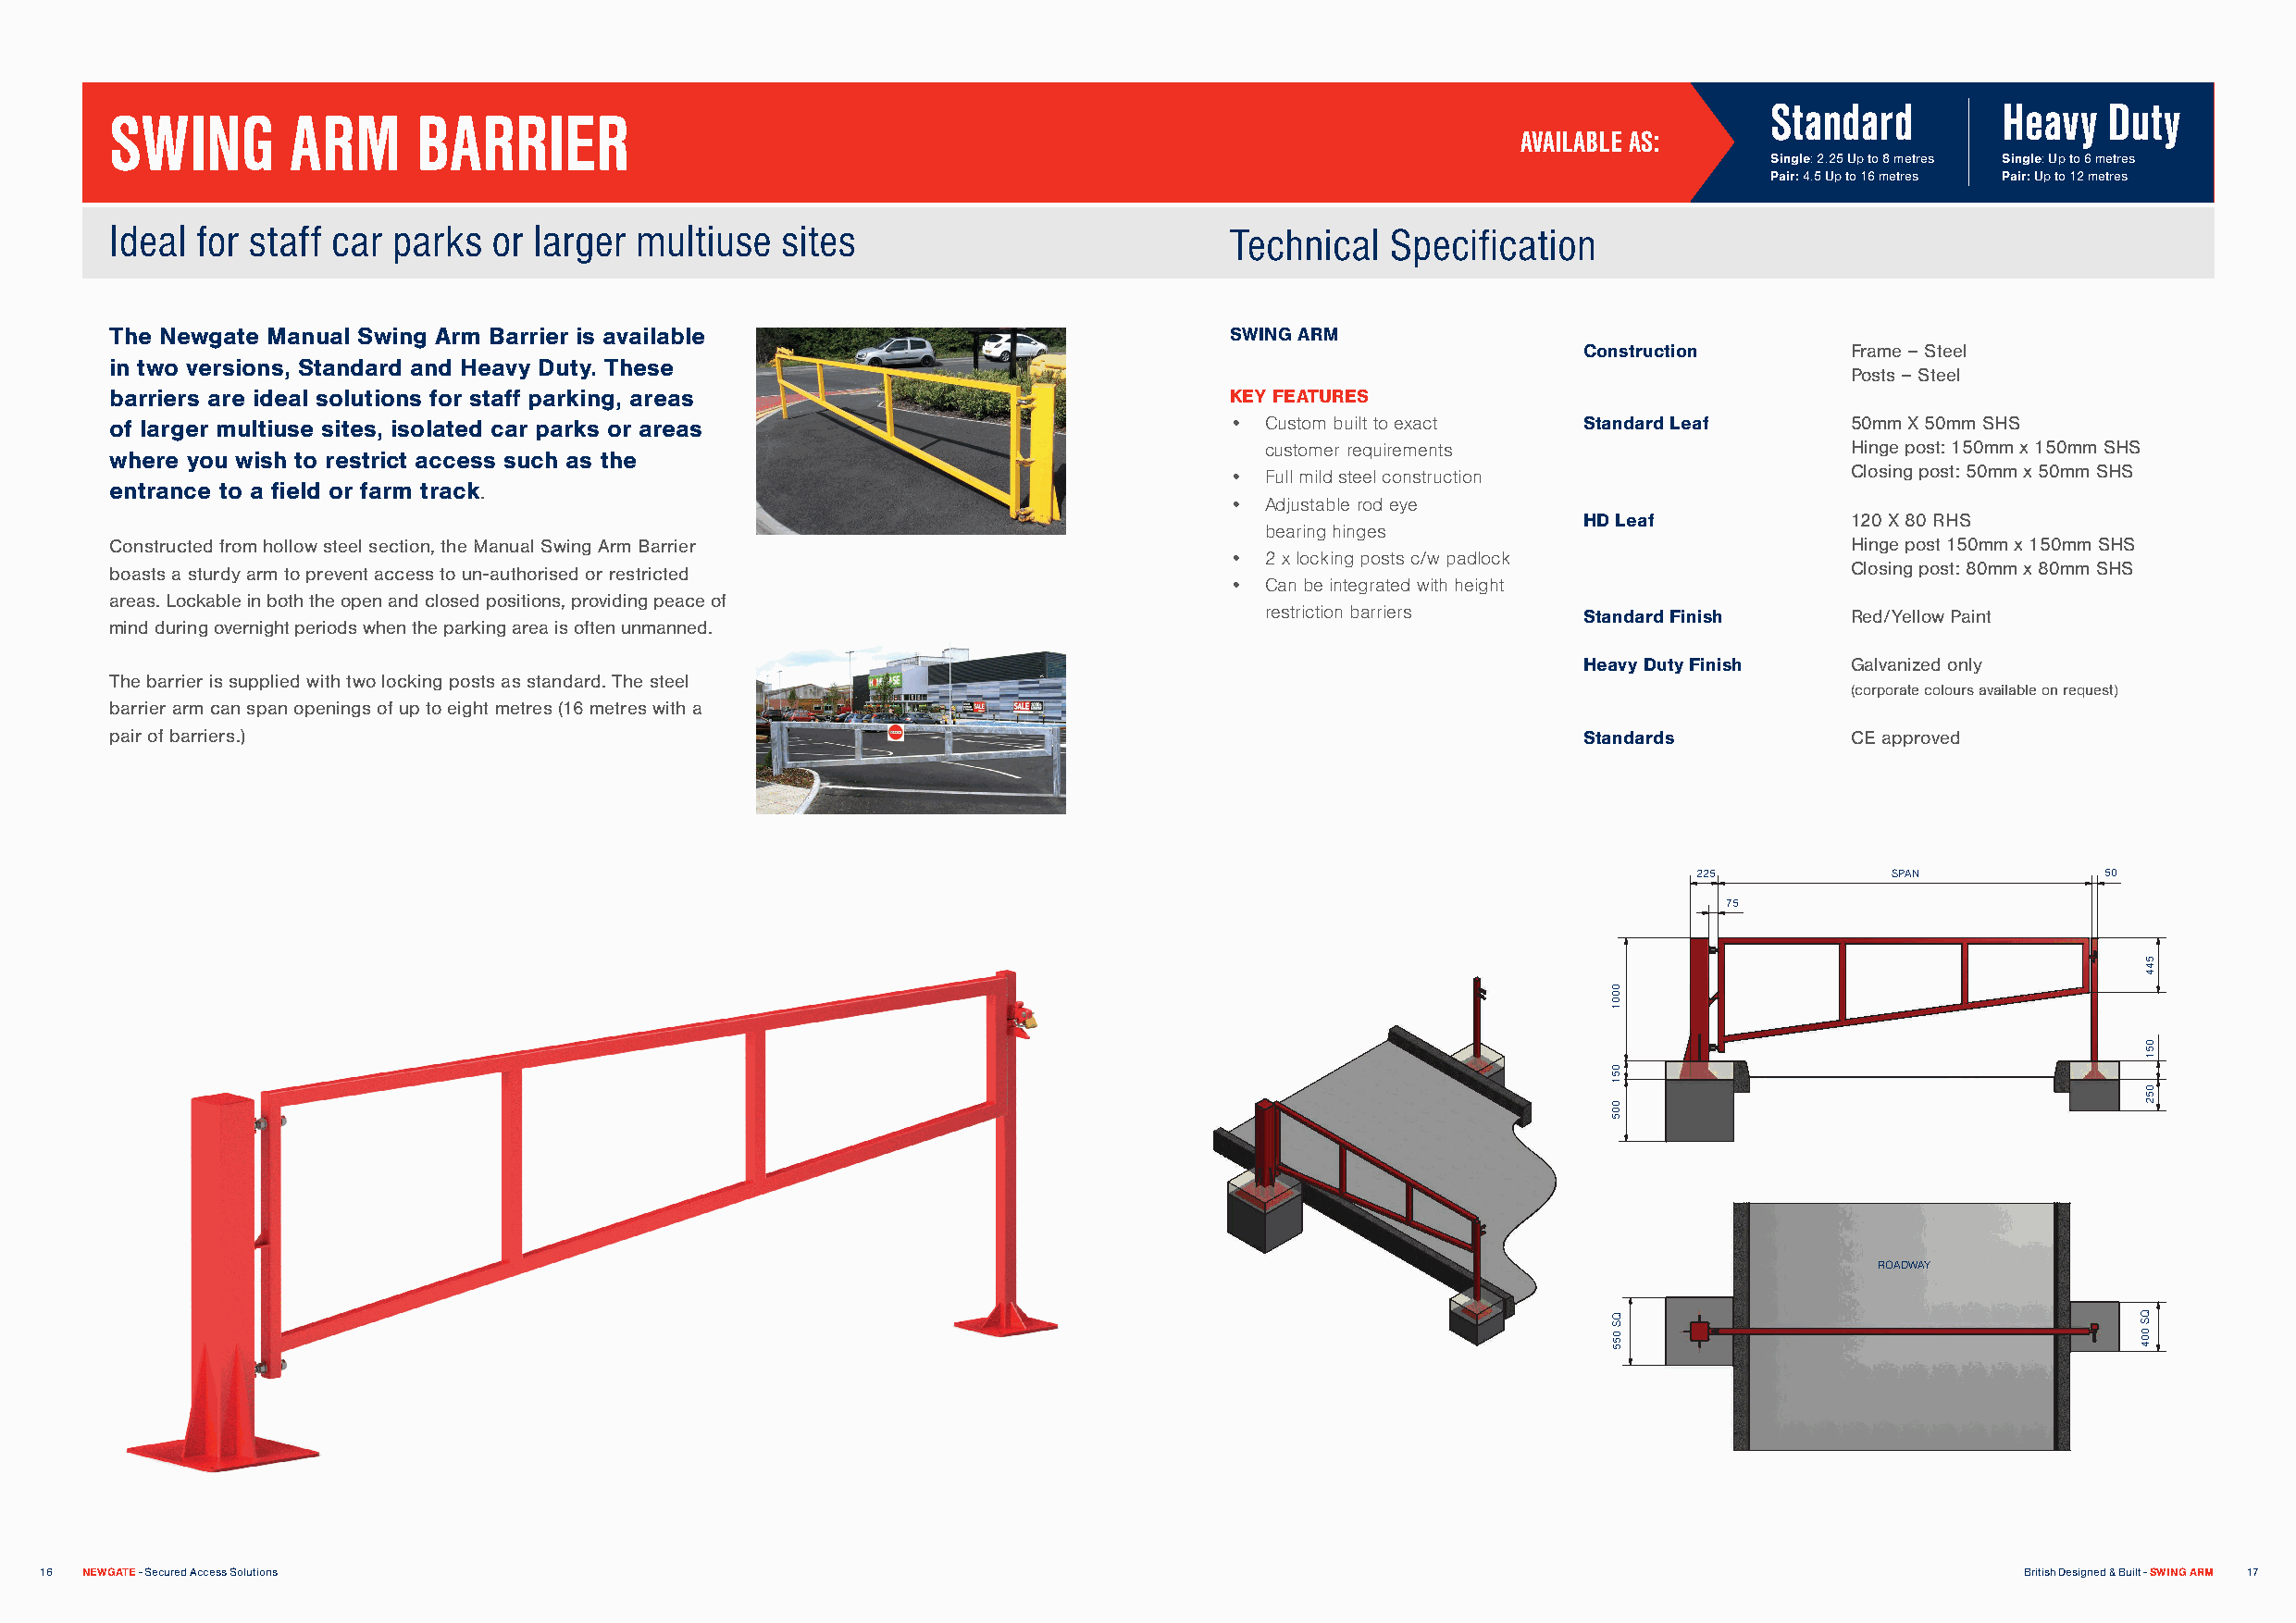
Standard        Heavy   Duty
 SWING        ARM      BARRIER
 AVAILABLE AS:
 Single: 2.25 Up to 8 metres Single: Up to 6 metres
 Pair: 4.5 Up to 16 metres Pair: Up to 12 metres
 Ideal for staff car parks  or larger multiuse   sites                           Technical  Specification
 The Newgate Manual Swing Arm Barrier is available                               SWING ARM
 Construction       Frame – Steel
 in two versions, Standard and Heavy Duty. These
 Posts – Steel
 barriers are ideal solutions for staff parking, areas                           KEY FEATURES
 of larger multiuse sites, isolated car parks or areas                           • Custom built to exact  Standard Leaf      50mm X 50mm SHS
 customer requirements                     Hinge post: 150mm x 150mm SHS
 where you wish to restrict access such as the
 • Full mild steel construction              Closing post: 50mm x 50mm SHS
 entrance to a field or farm track.
 • Adjustable rod eye
 HD Leaf            120 X 80 RHS
 bearing hinges
 Constructed from hollow steel section, the Manual Swing Arm Barrier                                                         Hinge post 150mm x 150mm SHS
 • 2 x locking posts c/w padlock
 boasts a sturdy arm to prevent access to un-authorised or restricted                                                        Closing post: 80mm x 80mm SHS
 • Can be integrated with height
 areas. Lockable in both the open and closed positions, providing peace of
 restriction barriers   Standard Finish    Red/Yellow Paint
 mind during overnight periods when the parking area is often unmanned.
 Heavy Duty Finish  Galvanized only
 The barrier is supplied with two locking posts as standard. The steel
 (corporate colours available on request)
 barrier arm can span openings of up to eight metres (16 metres with a
 pair of barriers.)                                                                                       Standards          CE approved
 225           SPAN           50
 75
 ROADWAY
 16 NEWGATE - Secured Access Solutions                                                                                                         British Designed & Built - SWING ARM 17
 0001
 051
 005
 QS
 055
 544
 051
 052
 QS
 004